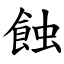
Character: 蝕